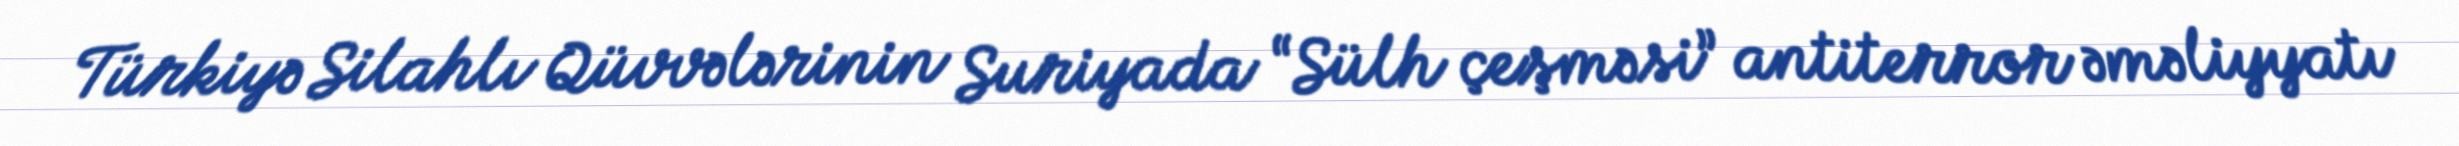
Türkiyə Silahlı Qüvvələrinin Suriyada “Sülh çeşməsi” antiterror əməliyyatı